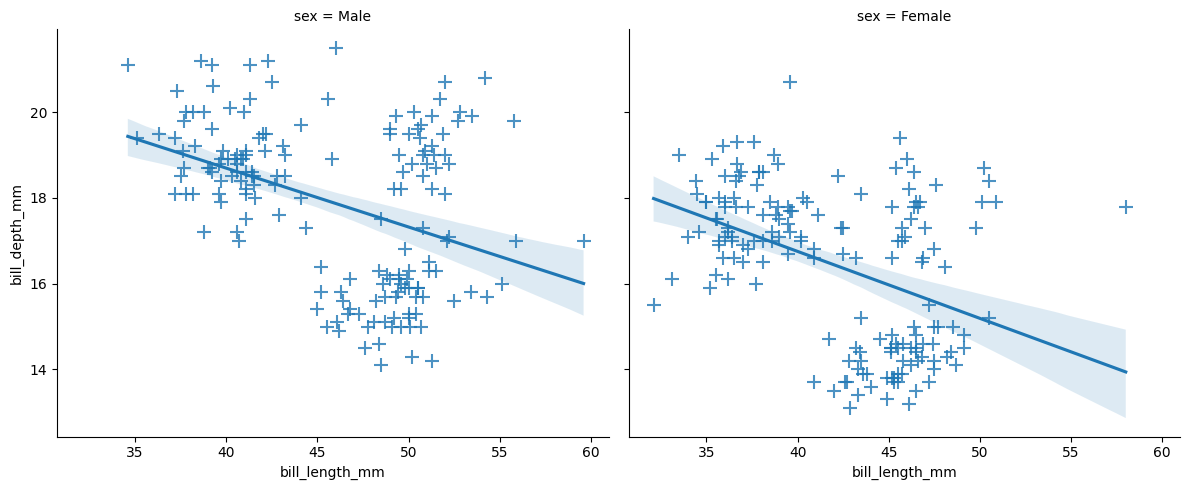
python, seaborn, lmplot, aspect=1.2, order=1, markers='+'